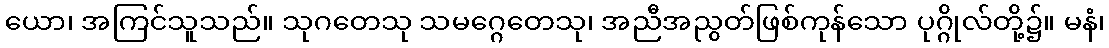
ယော၊ အကြင်သူသည်။ သုဂတေသု သမဂ္ဂေတေသု၊ အညီအညွတ်ဖြစ်ကုန်သော ပုဂ္ဂိုလ်တို့၌။ မနံ၊